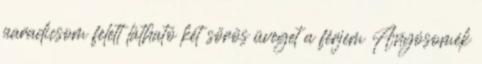
paradicsom felett látható két sörös üveget a férjem Anyósomék